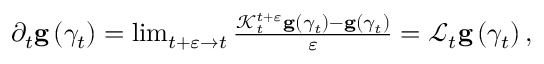
\begin{array} { r } { \partial _ { t } \mathbf { g } \left( \gamma _ { t } \right) = \operatorname* { l i m } _ { t + \varepsilon \rightarrow t } \frac { \mathcal { K } _ { t } ^ { t + \varepsilon } \mathbf { g } \left( \gamma _ { t } \right) - \mathbf { g } \left( \gamma _ { t } \right) } { \varepsilon } = \mathcal { L } _ { t } \mathbf { g } \left( \gamma _ { t } \right) , } \end{array}